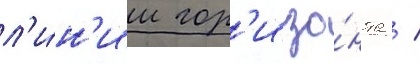
л'и́н'ии гор'изо́нта /